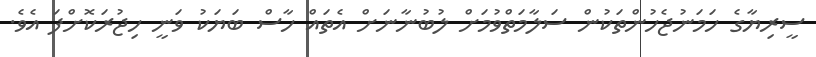
ސީރިޔާގެ ހަމަނުޖެހުންތަކުން ސަލާމަތްވުމަށް ލުބުނާނަށް އެތައް ހާސް ބަޔަކު ވަނީ ހިޖުރަކޮށްފަ އެވެ.